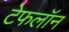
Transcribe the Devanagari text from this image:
टेफलॉन